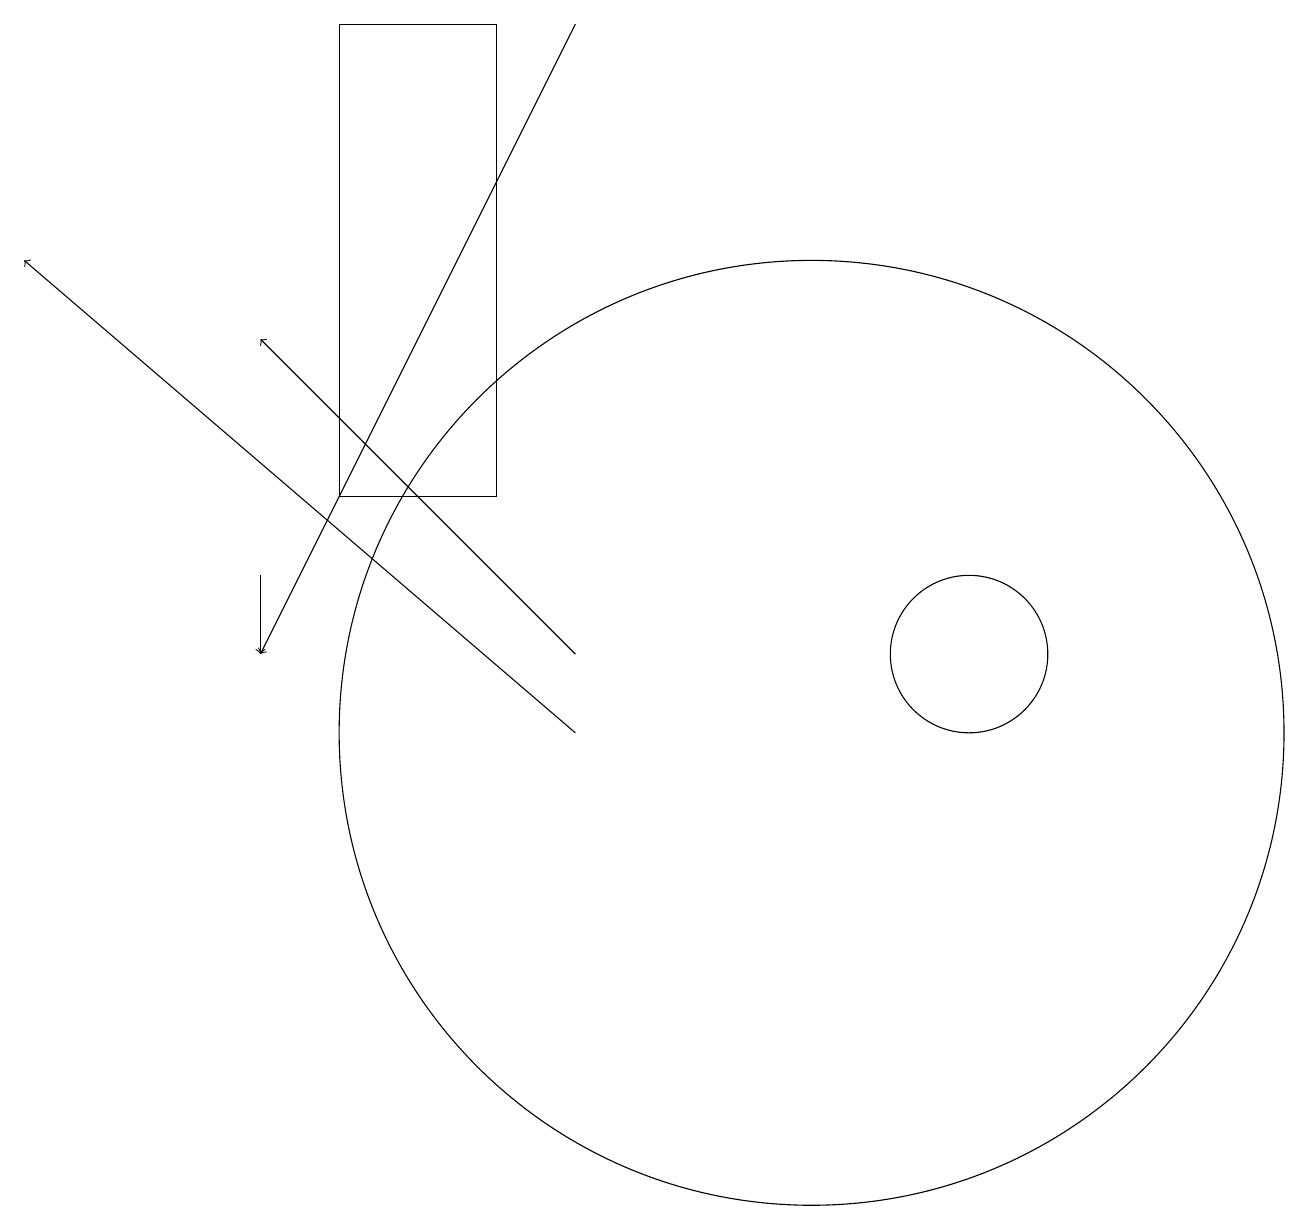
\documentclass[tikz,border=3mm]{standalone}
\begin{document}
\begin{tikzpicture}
\draw[->] (3,12) -- (3,11);
\draw (12,11) circle (1);
\draw[->] (7,10) -- (0,16);
\draw (11,10) circle (0);
\draw[->] (7,19) -- (3,11);
\draw (10,10) circle (6);
\draw (6,13) rectangle (4,19);
\draw[->] (7,11) -- (3,15);
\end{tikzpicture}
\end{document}